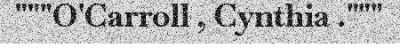
"""O'Carroll , Cynthia ."""